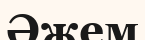
Әжем